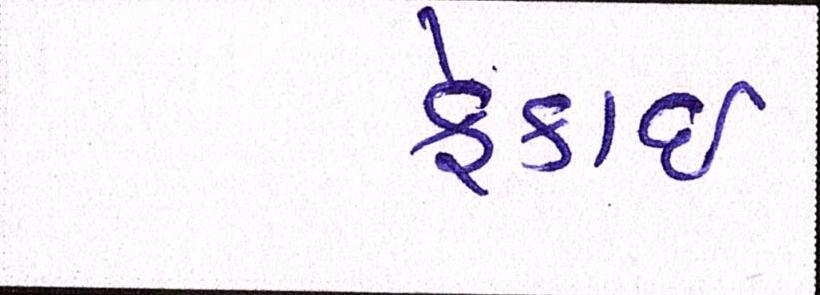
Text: ફેંકાઈ